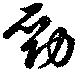
勁